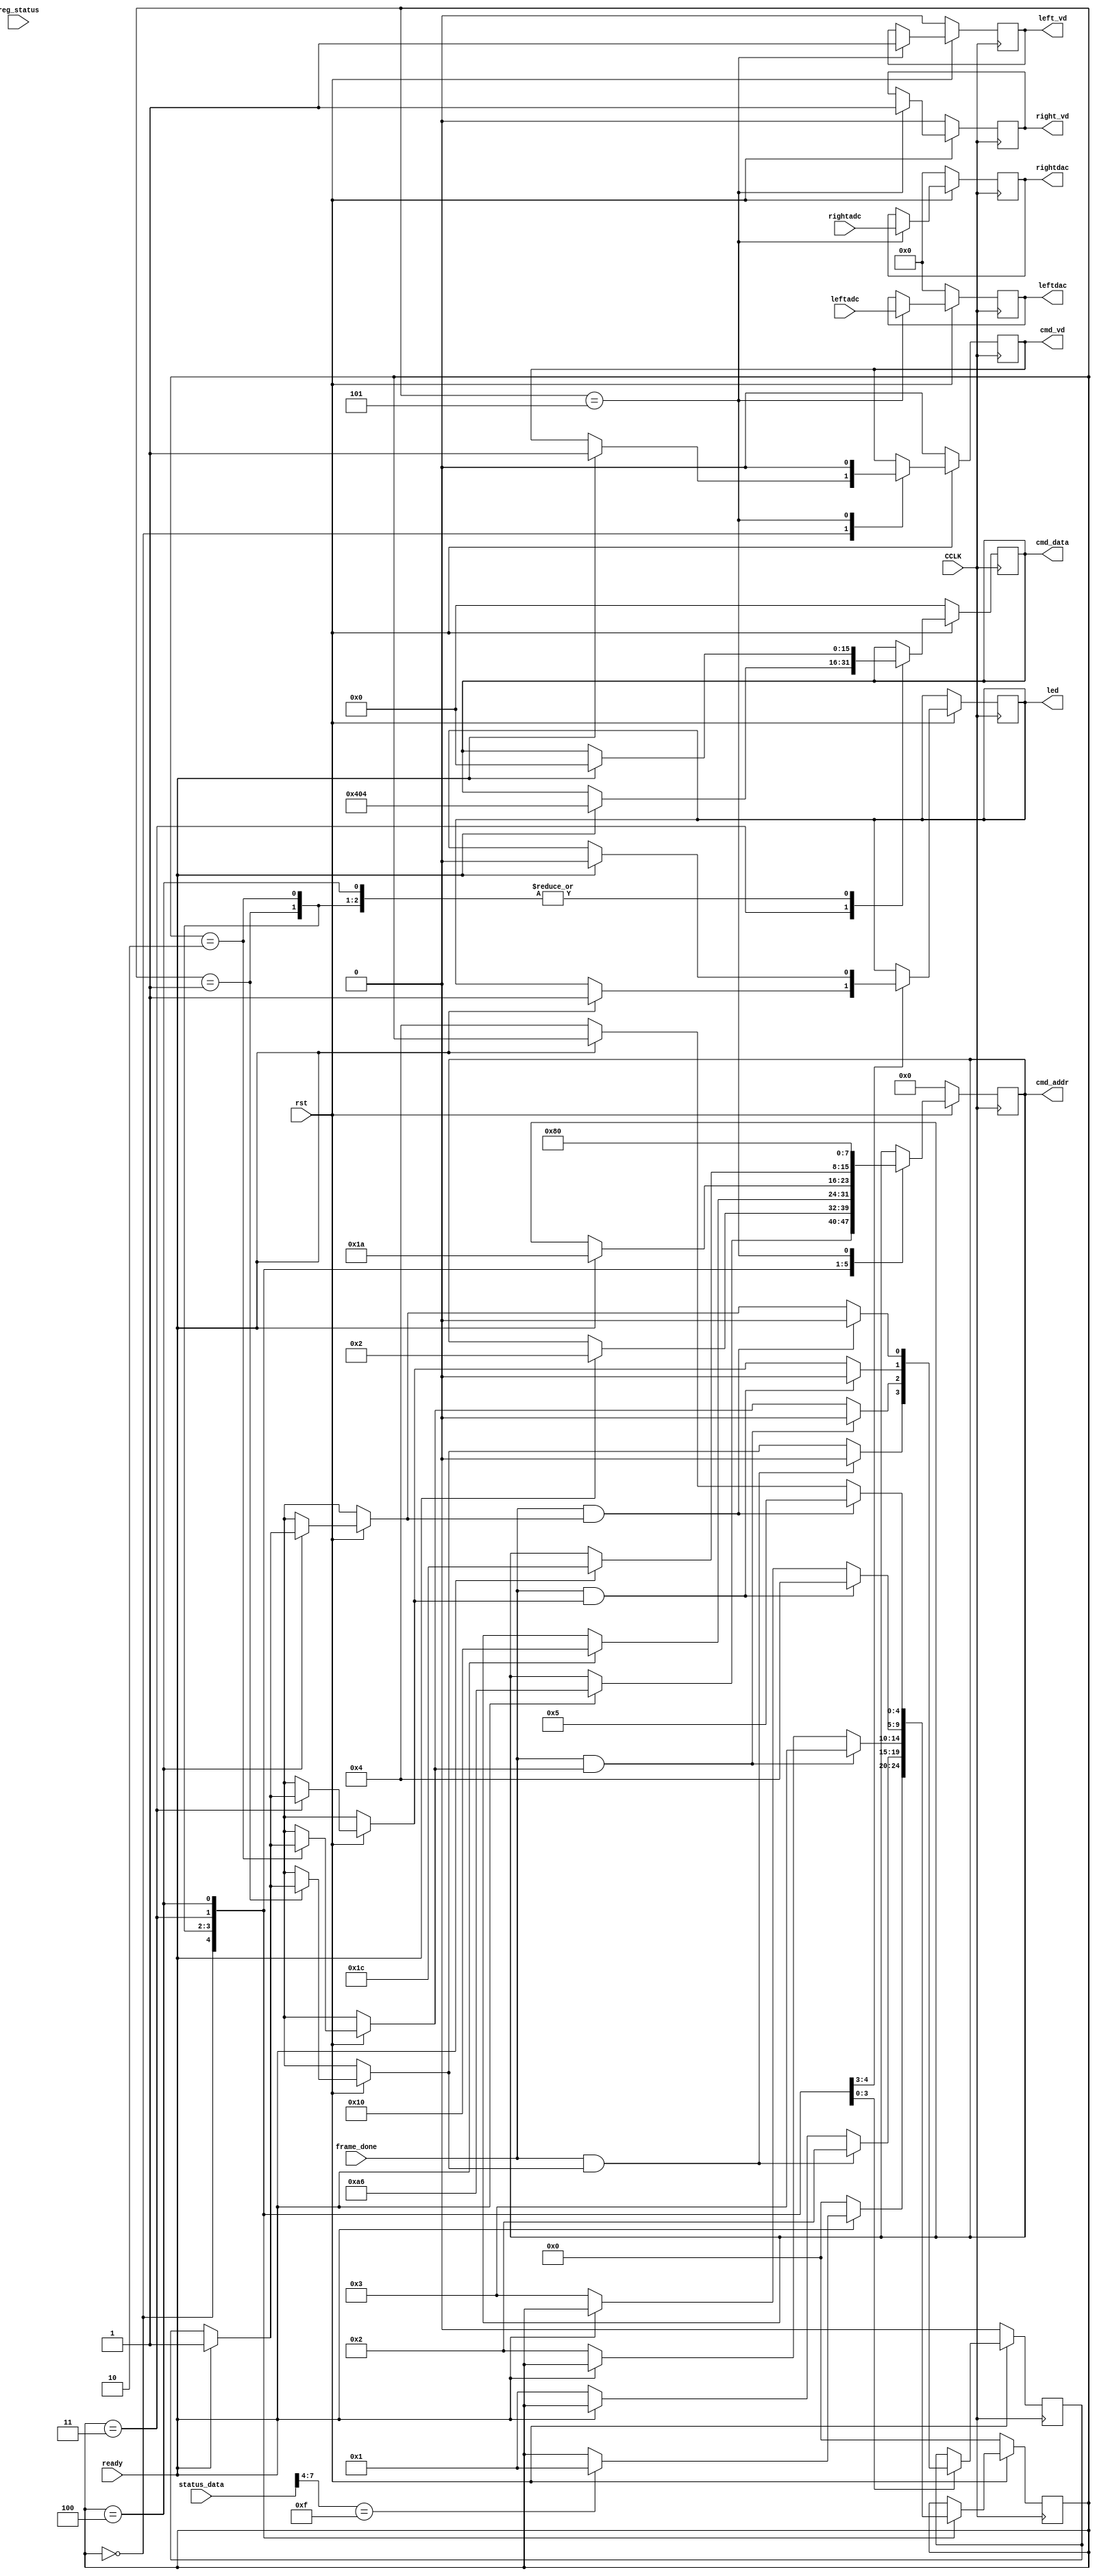
`timescale 1ns / 1ps
//////////////////////////////////////////////////////////////////////////////////
// Module Name:    genac97  
// Target Devices: Atlys Board Spartan-6(chip name)
// Description: 
//////////////////////////////////////////////////////////////////////////////////
module genAC97(
		input CCLK,
		input rst,
		input ready,
		input frame_done,
		input [19:0] leftadc,
		input [19:0] rightadc,
		input [19:0] reg_status,
		input [19:0] status_data,
		output reg cmd_vd,
		output reg left_vd,
		output reg right_vd,
		output reg led,
		output reg [19:0] leftdac,
		output reg [19:0] rightdac,
		output reg [7:0] cmd_addr,
		output reg [15:0] cmd_data
    );

	reg set;
	reg [4:0] state;
	
	
	always@(posedge CCLK) begin
		if(!rst) begin
			//reset registers
			state = 0;
			cmd_vd = 0;
			left_vd = 0;
			right_vd = 0;
			leftdac = 0;
			rightdac = 0;
			cmd_addr = 0;
			cmd_data = 0;
			set = 0;
		end
		else begin
			case(state)
				0:begin //Init State
					//Check codec status after reset or power-on
					if(ready) begin
						led = 1;
						cmd_addr = 8'h80 + 8'h26;//read + addr
						cmd_vd = 1;
						if(status_data[7:4] == 4'hF)//status = ready
							state = 1;
					end
					else
						state = 0;
				end
				1:begin //master volume
					if(ready) begin
						led = 0;
						cmd_addr = 8'h02;
						cmd_data = 16'h0000;
						set = 1;
					end
					else
						state = 1;
					if(frame_done && set) begin
						state = 2;
						set = 0;
					end
				end
				2:begin //Line-in gain
					if(ready) begin
						cmd_addr = 8'h10;
						cmd_data = 16'h0000;
						set = 1;
					end
					else
						state = 2;
					if(frame_done && set) begin
						state = 3;
						set = 0;
					end
				end
				3:begin //Record Select
					if(ready) begin
						cmd_addr = 8'h1A;
						cmd_data = 16'h0404;
						set = 1;
					end
					else
						state = 3;
					if(frame_done && set) begin
						state = 4;
						set = 0;
					end
				end
				4:begin //Record gain
					if(ready) begin
						cmd_addr = 8'h1C;
						cmd_data = 16'h0000;
						set = 1;
					end
					else
						state = 4;
					if(frame_done && set)begin
						state = 5;
						set = 0;
					end
				end
				5:begin //Send ADC input data directly to DAC
					cmd_addr = 8'h80;
					cmd_vd = 0;
					leftdac = leftadc;
					rightdac = rightadc;
					left_vd = 1;
					right_vd = 1;
				end
			endcase
		end
	end


endmodule